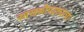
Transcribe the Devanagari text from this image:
साखळीपट्ट्याचा